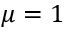
\mu = 1